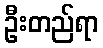
ဦးတည်ရာ